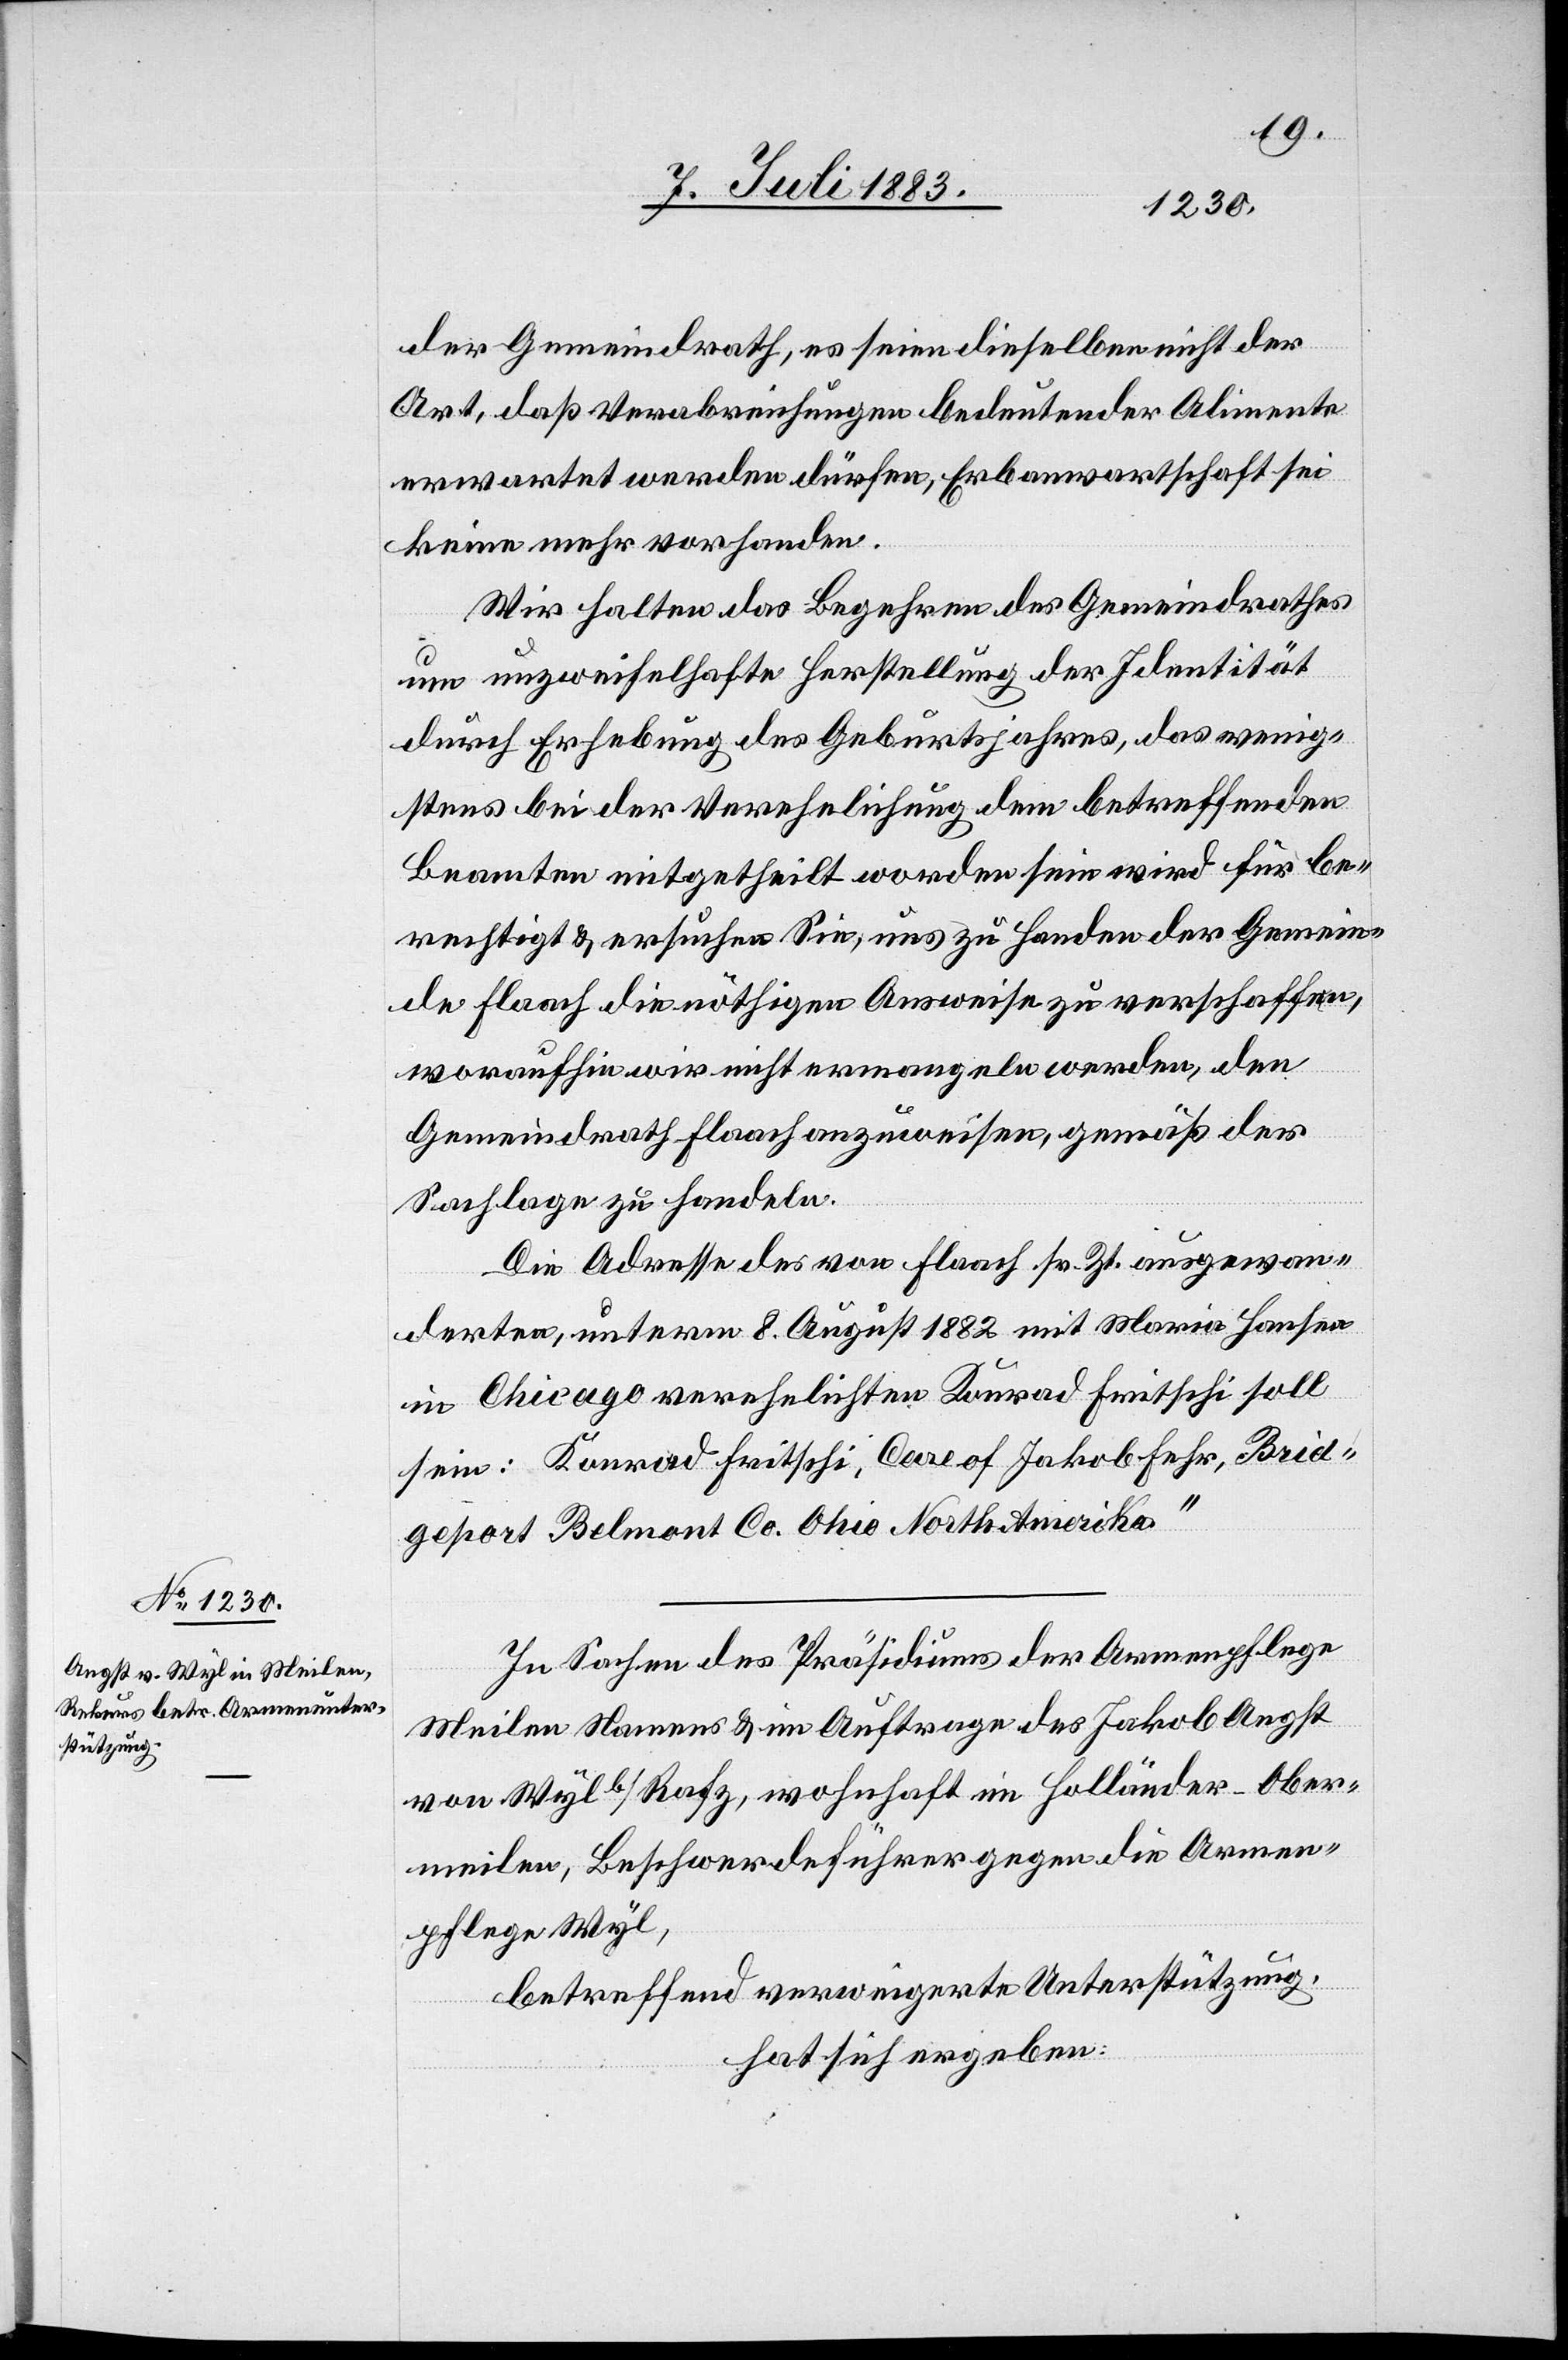
der Gemeindrath, es seien dieselben nicht der
Art, daß Verabreichungen bedeutender Alimente
erwartet werden dürfen, Erbanwartschaft sei
keine mehr vorhanden.
Wir halten das Begehren des Gemeindrathes
um unzweifelhafte Herstellung der Identität
durch Erhebung des Geburtsjahres, das wenig¬
stens bei der Verehelichung dem betreffenden
Beamten mitgetheilt worden sein wird für be¬
rechtigt & ersuchen Sie, uns zu Handen der Gemein¬
de Flaach die nöthigen Ausweise zu verschaffen,
woraufhin wir nicht ermangeln werden, den
Gemeindrath Flaach anzuweisen, gemäß der
Sachlage zu handeln.
Die Adresse des von Flaach sr. Zt. ausgewan¬
derten, unterm 8. August 1882 mit Maria Hausen
in Chicago verehelichten Konrad Fritschi soll
sein: Konrad Fritschi, Care of Jakob Fehr, Brid¬
geport Belmont Co. Ohio North-Amerika.“
In Sachen des Präsidiums der Armenpflege
Meilen Namens & im Auftrage des Jakob Angst
von Wyl b/Rafz, wohnhaft in Holländer - Ober¬
meilen, Beschwerdeführer gegen die Armen¬
pflege Wyl,
betreffend verweigerte Unterstützung,
hat sich ergeben: